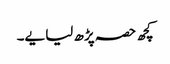
کچھ حصہ پڑھ لیا یے۔